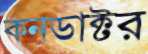
কনডাক্টর